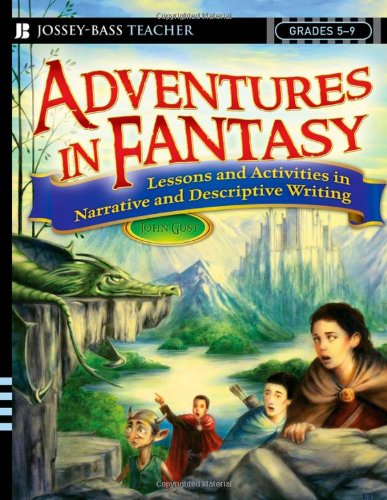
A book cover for Adventures in Fantasy: Lessons and Activities in Narrative and Descriptive Writing, Grades 5-9; John Gust; Science Fiction & Fantasy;